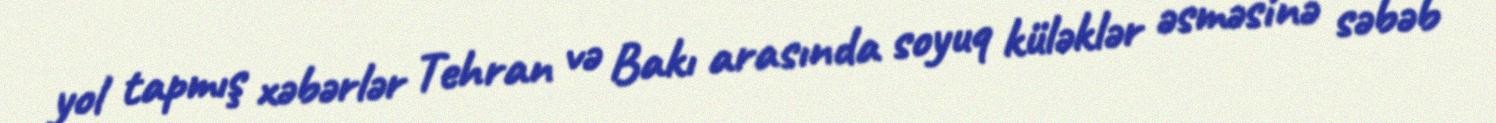
yol tapmış xəbərlər Tehran və Bakı arasında soyuq küləklər əsməsinə səbəb